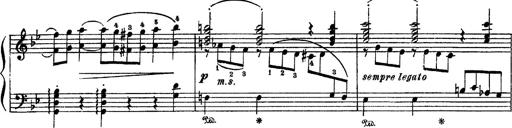
Title: Sarabande und Chaconne aus dem Singspiel
Composer: Franz Liszt